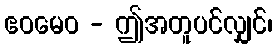
ဧဝမေဝ - ဤအတူပင်လျှင်၊